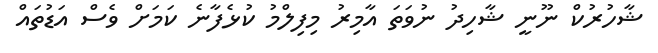
ޝާހުރުކް ނޫނީ ޝާހިދު ނުވަތަ އާމިރު މިފިލްމު ކުޅެފާނެ ކަމަށް ވެސް އަޑުތައް